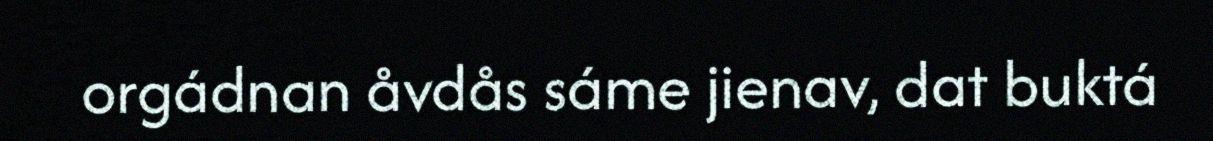
orgádnan åvdås sáme jienav, dat buktá